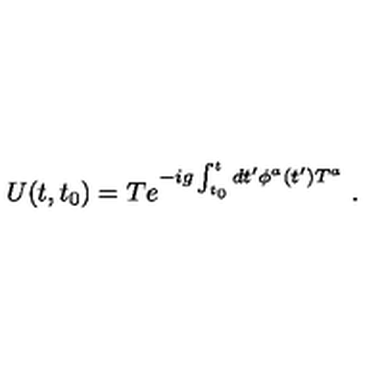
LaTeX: U ( t , t _ { 0 } ) = T e ^ { - i g \int _ { t _ { 0 } } ^ { t } d t ^ { \prime } \phi ^ { a } ( t ^ { \prime } ) T ^ { a } } \ .